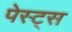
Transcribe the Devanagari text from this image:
पेस्ट्स